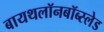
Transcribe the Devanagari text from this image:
बायथलॉनबॉब्स्लेड